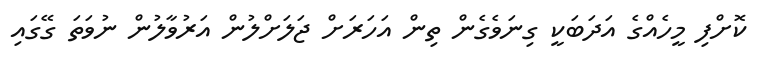
ކޮށްފި މީހެއްގެ އަދަބަކީ ގިނަވެގެން ތިން އަހަރަށް ޖަލަށްލުން އަރުވާލުން ނުވަތަ ގޭގައި